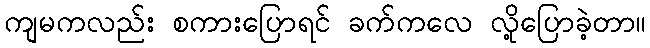
ကျမကလည်း စကားပြောရင် ခက်ကလေ လို့ပြောခဲ့တာ။